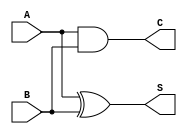
module current_mode_half_adder (
    input wire A,  // Current input representing the first binary digit
    input wire B,  // Current input representing the second binary digit
    output wire S, // Current output representing the sum
    output wire C  // Current output representing the carry
);

// Internal signal declarations
wire sum_internal;
wire carry_internal;

// Sum Calculation: S = A XOR B
assign sum_internal = A ^ B; // Perform XOR on the inputs
assign S = sum_internal;      // Sum output

// Carry Calculation: C = A AND B
assign carry_internal = A & B; // Perform AND on the inputs
assign C = carry_internal;      // Carry output

endmodule